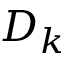
D _ { k }